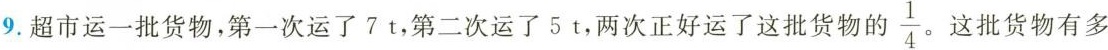
9.超市运一批货物，第一次运了7t，第二次运了5t，两次正好运了这批货物的\frac{1}{4}。 这批货物有多